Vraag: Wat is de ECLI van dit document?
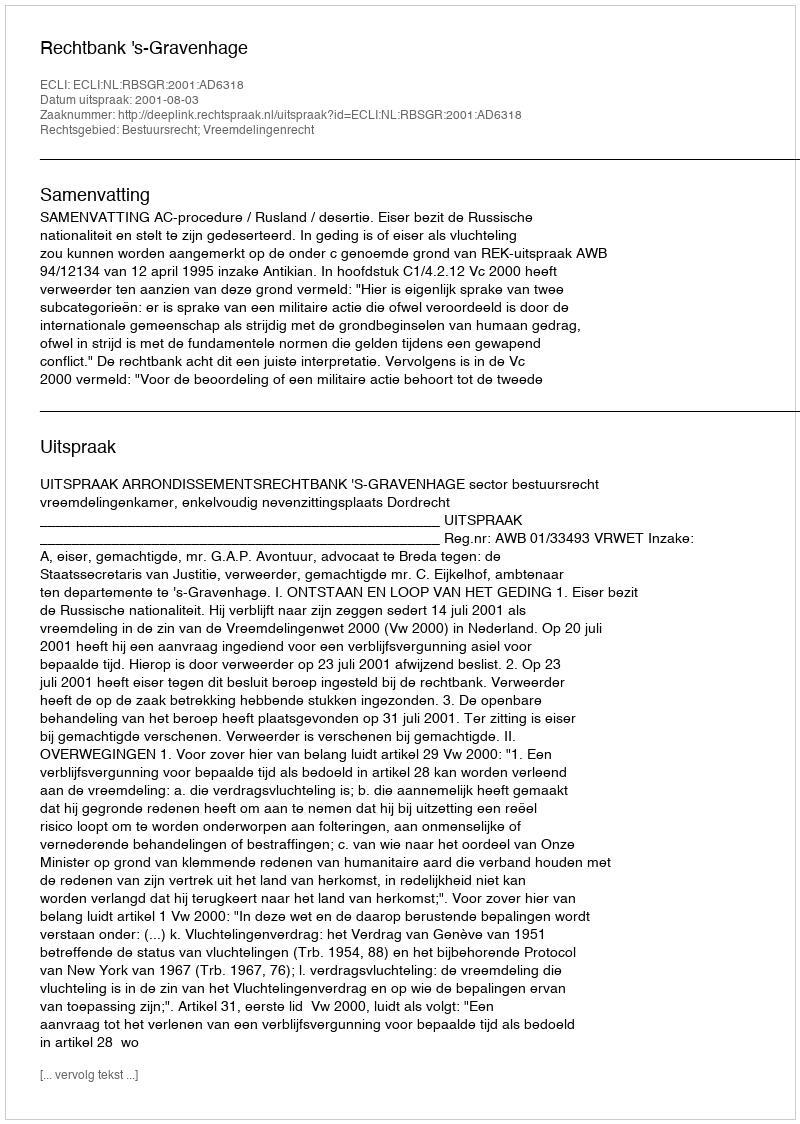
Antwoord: ECLI:NL:RBSGR:2001:AD6318